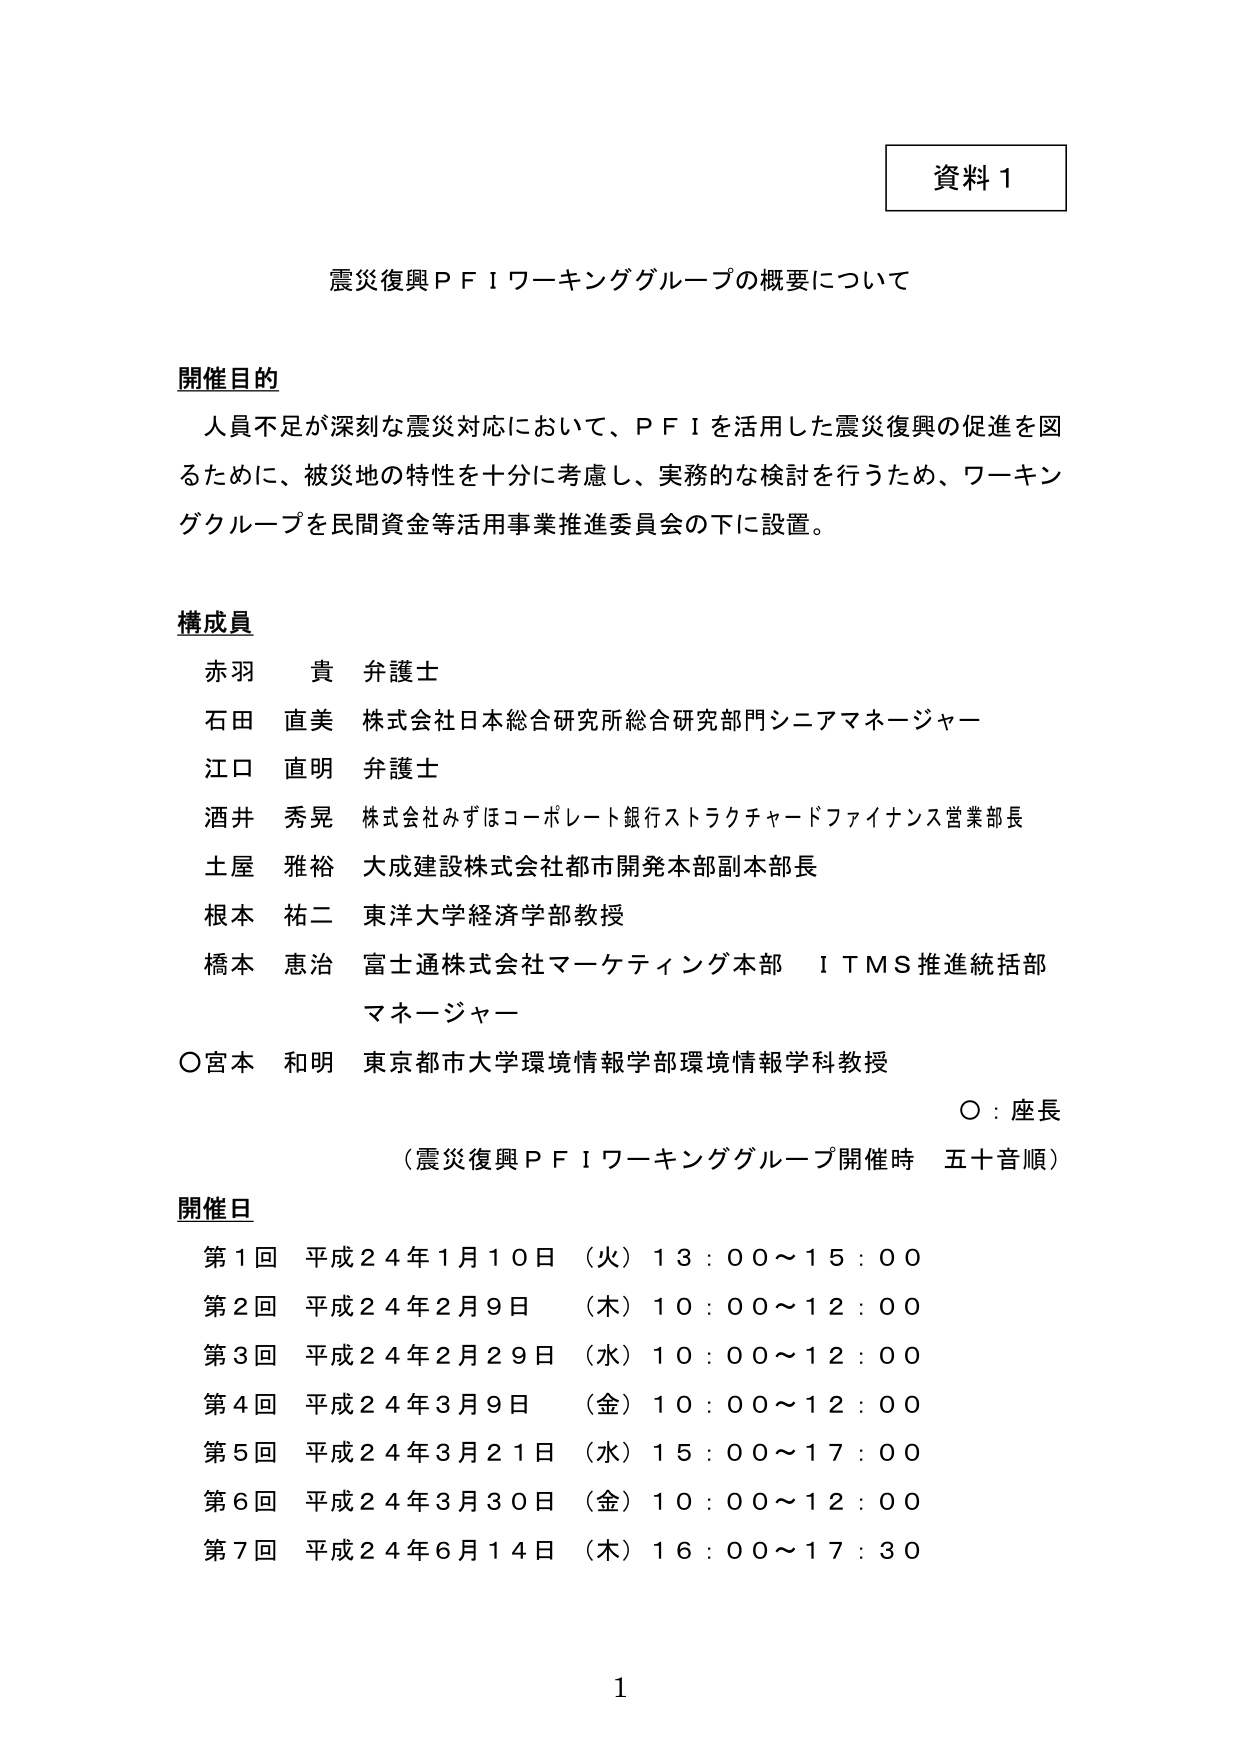
資料１

震災復興ＰＦＩワーキンググループの概要について

開催目的
人員不足が深刻な震災対応において、ＰＦＩを活用した震災復興の促進を図
るために、被災地の特性を十分に考慮し、実務的な検討を行うため、ワーキン
ググループを民間資金等活用事業推進委員会の下に設置。

構成員
赤羽　貴　弁護士
石田　直美　株式会社日本総合研究所総合研究部門シニアマネージャー
江口　直明　弁護士
酒井　秀晃　株式会社みずほコーポレート銀行ストラクチャードファイナンス営業部長
土屋　雅裕　大成建設株式会社都市開発本部副本部長
根本　祐二　東洋大学経済学部教授
橋本　恵治　富士通株式会社マーケティング本部　ＩＴＭＳ推進統括部
　　　　　マネージャー
○宮本　和明　東京都市大学環境情報学部環境情報学科教授
　　　　　　　　　　　　　　　　　　　　　　　○：座長
　　　　　　　　　　　　　　　　　　　　　（震災復興ＰＦＩワーキンググループ開催時　五十音順）

開催日
第１回　平成２４年１月１０日　（火）１３：００～１５：００
第２回　平成２４年２月９日　　（木）１０：００～１２：００
第３回　平成２４年２月２９日　（水）１０：００～１２：００
第４回　平成２４年３月９日　　（金）１０：００～１２：００
第５回　平成２４年３月２１日　（水）１５：００～１７：００
第６回　平成２４年３月３０日　（金）１０：００～１２：００
第７回　平成２４年６月１４日　（木）１６：００～１７：３０

1